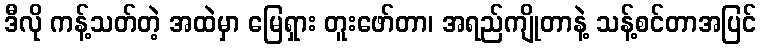
ဒီလို ကန့်သတ်တဲ့ အထဲမှာ မြေရှား တူးဖော်တာ၊ အရည်ကျိုတာနဲ့ သန့်စင်တာအပြင်